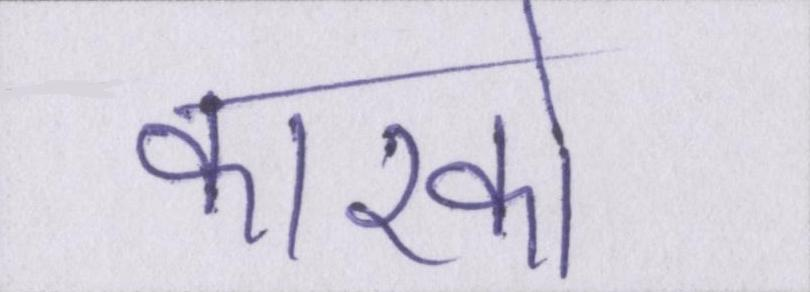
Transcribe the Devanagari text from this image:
कारको